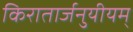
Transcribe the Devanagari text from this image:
किरातार्जनुयीयम्‌